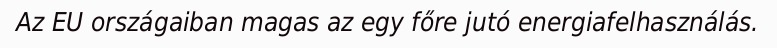
Az EU országaiban magas az egy főre jutó energiafelhasználás.